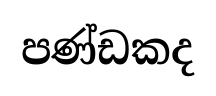
පණ්ඩකද